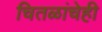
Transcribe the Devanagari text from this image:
चितळांचेही